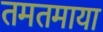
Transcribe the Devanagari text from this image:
तमतमाया